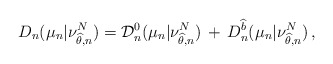
\begin{align*} D_n(\mu_n | \nu_{\widehat\theta, n}^N ) =\mathcal D_n^0 (\mu_n | \nu_{\widehat \theta ,n}^N)\,+\, D^{\widehat b}_n (\mu_n | \nu_{\widehat \theta ,n}^N) \, ,\end{align*}